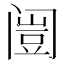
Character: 𲉄